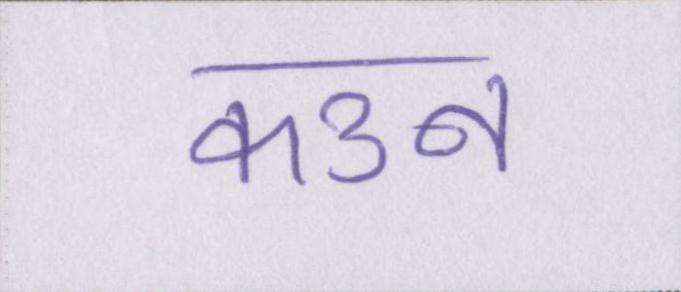
कउन